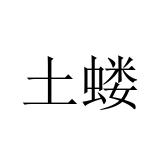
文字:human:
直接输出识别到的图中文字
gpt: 土蝼